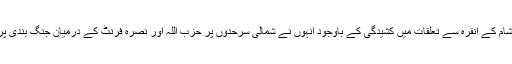
روس اور شام کے انقرہ سے تعلقات میں کشیدگی کے باوجود انہوں نے شمالی سرحدوں پر حزب اللہ اور نصرہ فرنٹ کے درمیان جنگ بندی پر اتفاق کیا۔